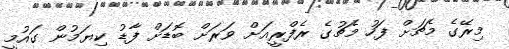
މިރޭގެ މެޗަށް ފަހު މެޗުގެ ރެފްރީއަށް ވަރަށް ބޮޑަށް ފާޑު ކިޔަމުން ގައުމީ